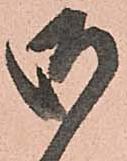
御